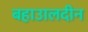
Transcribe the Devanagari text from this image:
बहाउालदीन